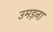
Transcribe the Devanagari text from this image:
उमड़ना